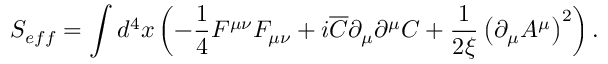
S _ { e f f } = \int { d ^ { 4 } } x \left( { - \frac { 1 } { 4 } F ^ { \mu \nu } F _ { \mu \nu } + i \overline { { C } } \partial _ { \mu } \partial ^ { \mu } C + \frac { 1 } { { 2 \xi } } \left( { \partial _ { \mu } A ^ { \mu } } \right) ^ { 2 } } \right) .